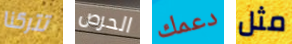
تتركنا الحرص دعمك مثل